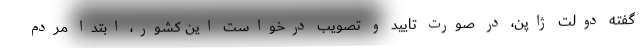
گفته دولت ژاپن، در صورت تایید و تصویب درخواست این کشور، ابتدا مردم